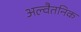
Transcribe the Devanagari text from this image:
अल्वैतनिक